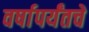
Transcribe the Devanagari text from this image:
वर्षापर्यंतचे